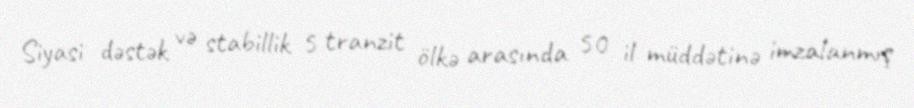
Siyasi dəstək və stabillik 5 tranzit ölkə arasında 50 il müddətinə imzalanmış